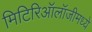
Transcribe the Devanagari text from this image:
मिटिरिऑलॉजीमध्ये